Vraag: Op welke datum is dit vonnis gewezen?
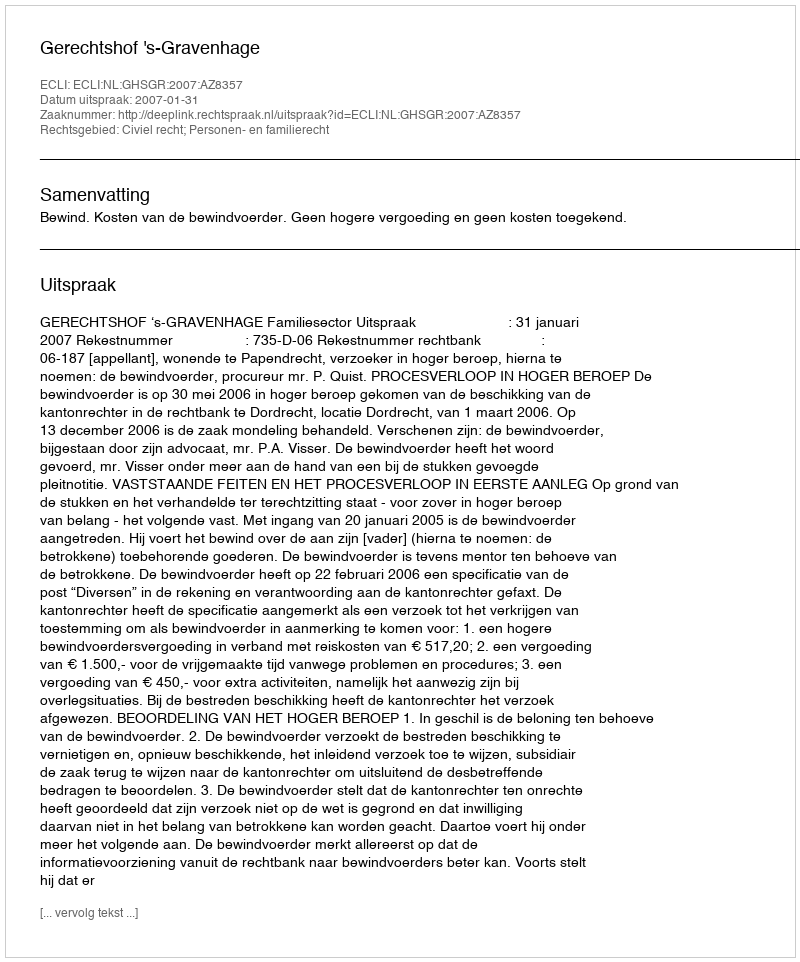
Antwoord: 2007-01-31